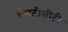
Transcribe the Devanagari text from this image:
वोरटीसीटी